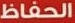
الحفاظ